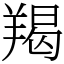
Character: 羯